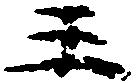
王